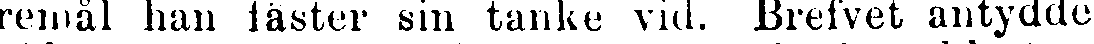
remål han fäster sin tanke vid. Brefvet antydde